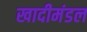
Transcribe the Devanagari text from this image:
खादीमंडल